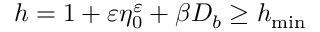
h = 1 + \varepsilon \eta _ { 0 } ^ { \varepsilon } + \beta D _ { b } \geq h _ { \operatorname* { m i n } }